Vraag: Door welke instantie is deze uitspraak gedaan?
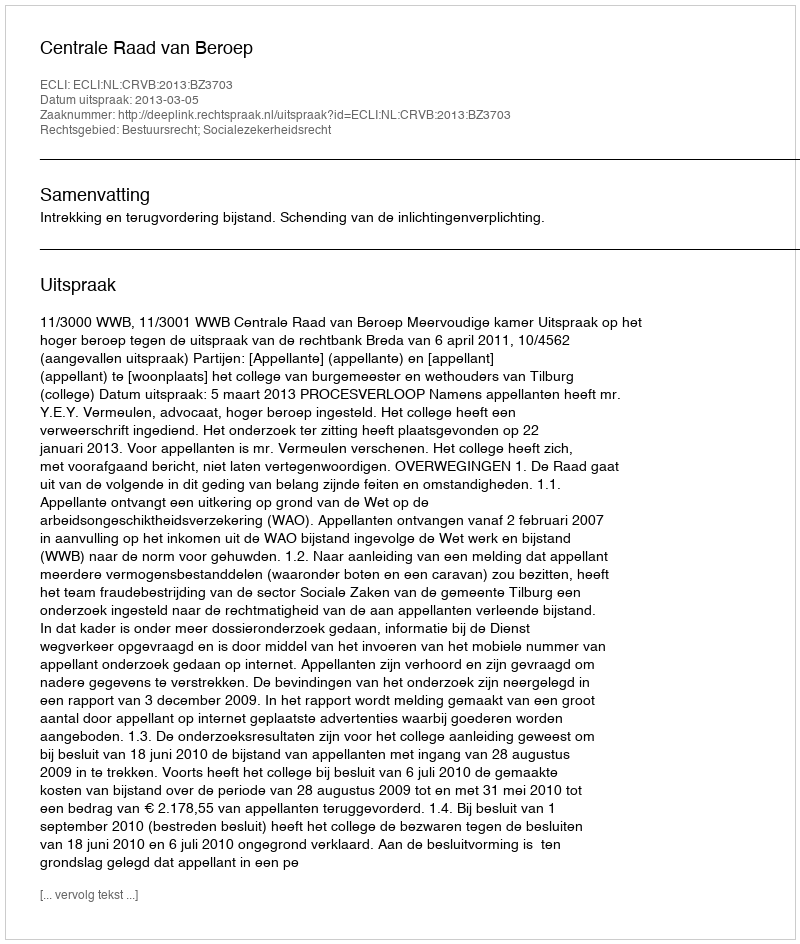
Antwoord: Centrale Raad van Beroep